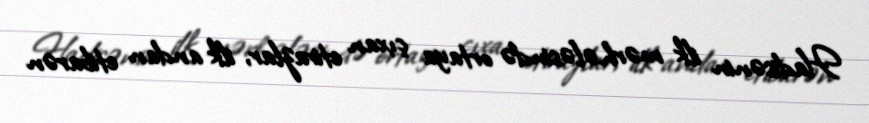
Hadisənin ilk mərhələsində ortaya çıxan etirazlar, ilk andan etibarən